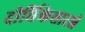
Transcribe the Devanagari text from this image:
दीर्घिकेसारखे